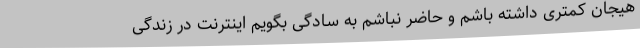
هیجان کمتری داشته باشم و حاضر نباشم به سادگی بگویم اینترنت در زندگی